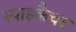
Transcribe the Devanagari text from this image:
स्पाइकैचर